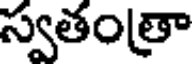
స్వతంత్రా